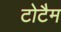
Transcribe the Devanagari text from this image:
टोटैम